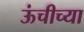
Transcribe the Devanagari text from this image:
ऊंचीच्या